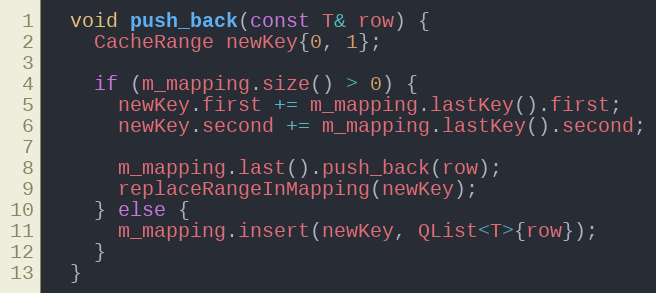
Language: C
  void push_back(const T& row) {
    CacheRange newKey{0, 1};

    if (m_mapping.size() > 0) {
      newKey.first += m_mapping.lastKey().first;
      newKey.second += m_mapping.lastKey().second;

      m_mapping.last().push_back(row);
      replaceRangeInMapping(newKey);
    } else {
      m_mapping.insert(newKey, QList<T>{row});
    }
  }